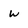
Character: W